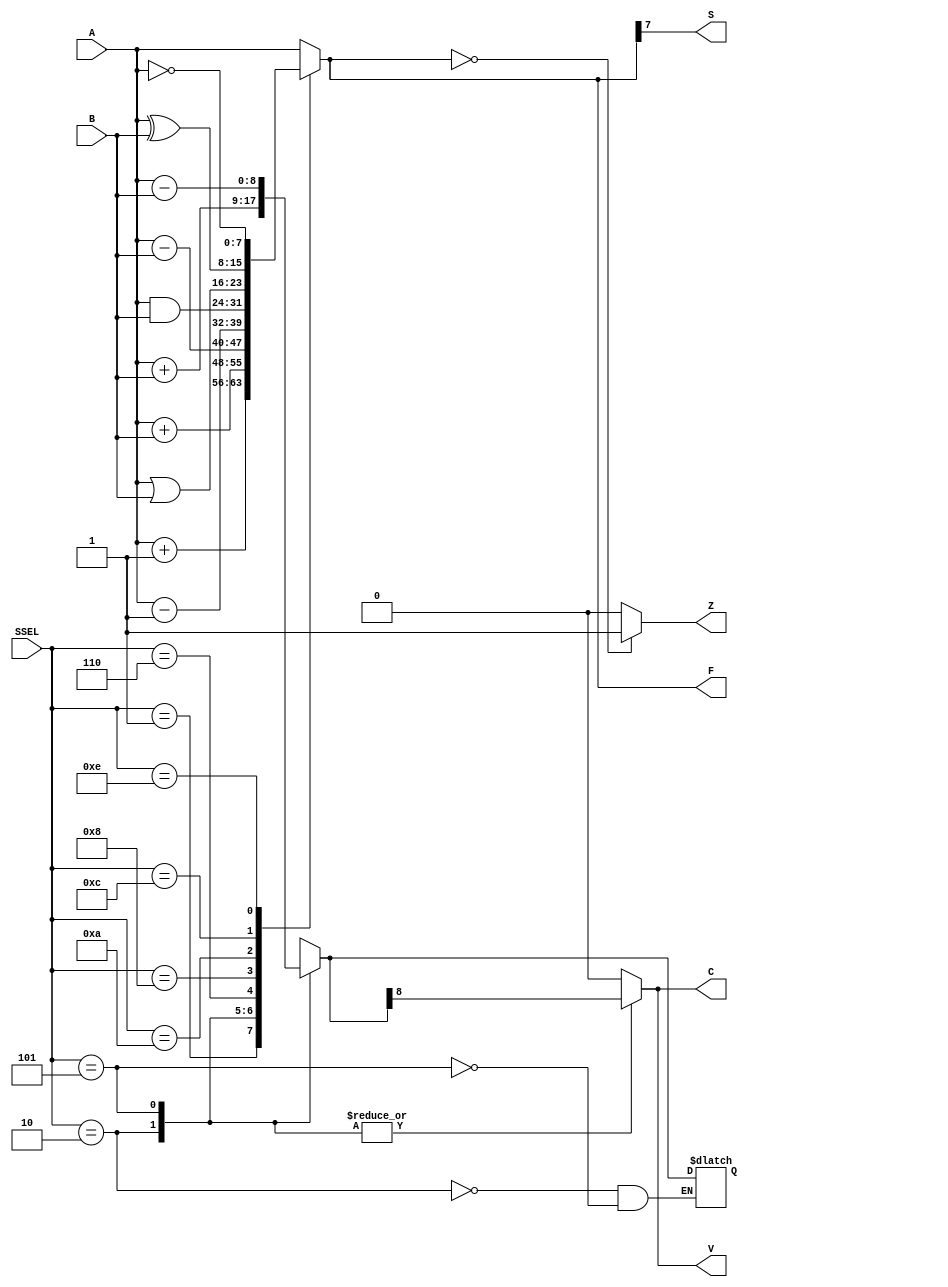
/*File          : ALU.v 
--Group         : Group 8
--Programmers   : Mayur Hadole(7475783) & Rohit Bhardwaj (7639651)
--Version       : 1.0  (May 26 , 2017)
--Hardware used : Cyclone V (DE1 SoC)
--Software used : Quartus II 15 64 bit
--Description   : This program implements 8 bit ALU on DE1 SoC board using Verilog

-- code is working and is tested on board
*/


module ALU(A,B,F,SSEL,Z,S,C,V);             // Module names and I/o pins are declared

input [7:0] A;                              // Input Bus A
input [7:0] B;									     // Input Bus B
input [3:0] SSEL;									  // ALU operatipon Select (Input)

output [7:0] F;								     // Funtion Output
output Z;                                   // zero flag
output S;                                   // Sign flag
output C;                                   // Carry flag
output V;                                   // Overflow flag      

reg [7:0] accumulator;                      // 8 bit register to save the data of accumulator 
reg [8:0] aluadd;                           // 9 bit register to save the data of aluadd 
reg [7:0] F;                                // 8 bit register to save the data of  function output  
reg add_ov;                                 // Register to save the data of add_ov
reg sub_ov;                                 // Register to save the data of sub_ov
reg Z,S,C,V;                                // Registers to save the data of flags

always @(SSEL,A,B)    // always block loop to execute over and over again

begin             // start of the code block which will be always executed
	case (SSEL)    // The case statement compares SSEL to a series of cases and
	               //	executes the statement associated with the first matching case
      4'b0000 : accumulator = A;	           // Transfer input A to F
		4'b0001 : accumulator = A + 1;        // Increment A by one
		4'b0010 : begin
						 accumulator = A + B;     // Add A and B
						 aluadd = ({1'b0,A}) + ({1'b0,B});       // concatinate  A and B with 0 to make inputs 9 bit
					 end
		4'b0101 : begin
						 accumulator = A - B;     // Subtract A-B    
						 aluadd = ({1'b0,A}) - ({1'b0,B});       // concatinate  A and B with 0 to make inputs 9 bit
				    end
		4'b0110 : accumulator = A - 1;        // Decrement A by one 
		4'b0111 : begin 
						accumulator = A;          // Transfer A & Carry = 0
						C = 0;
					 end
		4'b1000 : accumulator = A & B;        // AND gate 
		4'b1010 : accumulator = A | B;        // OR gate
		4'b1100 : accumulator = A ^ B;        // EXOR gate
		4'b1110 : accumulator = ~A;           // NOT gate
	endcase;
	
	case (SSEL)                              // To determine carry bit
      4'b0010 : C = aluadd[8];	           // 9th bit of the result will be carry bit for addition
		4'b0101 : C = aluadd[8];              // 9th bit of the result will be carry bit for subtraction
		default : C = 0;
	endcase;
	
	// Overflow can only happen when "adding" two numbers of the same sign and
   // getting a different sign.  So, to detect overflow we don't care about
   //any bits except the sign bits
	//add_ov = (A[7] & B[7] & (~accumulator[7])) |  ((~A[7]) & (~B[7]) & accumulator[7]);
	//sub_ov = (A[7] & (~B[7]) & (~accumulator[7])) |  ((~A[7]) & B[7] & accumulator[7]);
	
	case (SSEL)                              // To determine overflow bit
      4'b0010 : V = aluadd[8];
					
						//V = add_ov;	
		4'b0101 : V = aluadd[8];
		default : V = 0;
	endcase;
	
	if (accumulator == 0000000) begin        // To determine zero flag
		Z = 1;
	end
   else begin
		Z = 0;
   end 
	
	F = accumulator;
   S = accumulator[7];                      // To determine sign flag

end
endmodule